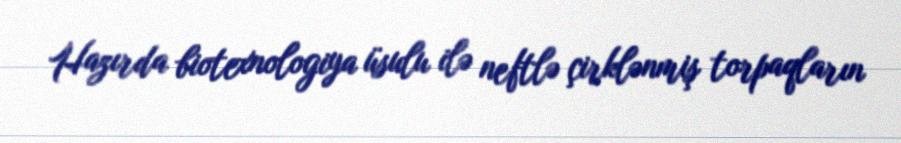
Hazırda biotexnologiya üsulu ilə neftlə çirklənmiş torpaqların